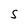
Character: S